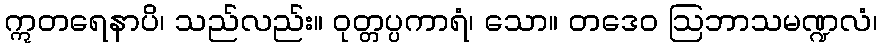
ဣတရေနာပိ၊ သည်လည်း။ ဝုတ္တပ္ပကာရံ၊ သော။ တဒေဝ ဩဘာသမဏ္ဍလံ၊